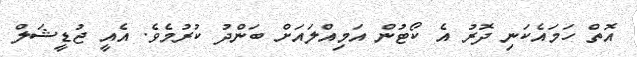
އޮތް ހަމައެކަނި ދޮރު އެ ކޯޓުން އަމިއްލައަށް ބަންދު ކުރުމެވެ. އެއީ ޖުޑީޝަލް